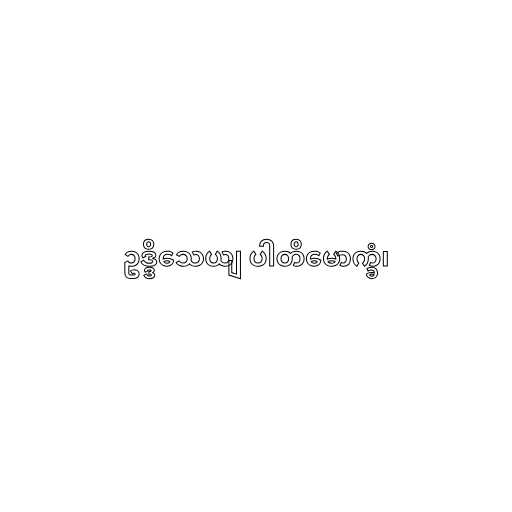
ဥဒ္ဒိသေယျ ပါတိမောက္ခံ၊